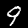
Label: 9